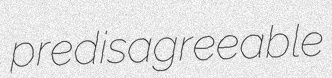
predisagreeable